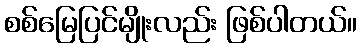
စစ်မြေပြင်မျိုးလည်း ဖြစ်ပါတယ်။